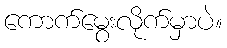
ကောက်မွေးလိုက်မှာပဲ။